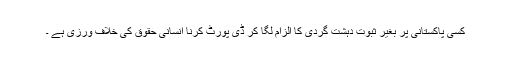
کسی پاکستانی پر بغیر ثبوت دہشت گردی کا الزام لگا کر ڈی پورٹ کرنا انسانی حقوق کی خلاف ورزی ہے ۔